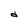
Character: d